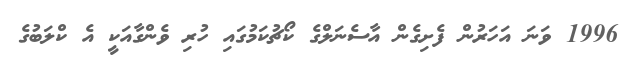
1996 ވަނަ އަހަރުން ފެށިގެން އާސެނަލްގެ ކޯޗުކަމުގައި ހުރި ވެންގާއަކީ އެ ކްލަބުގެ